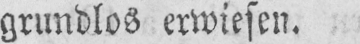
grundlos erwiesen.